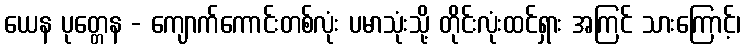
ယေန ပုတ္တေန - ကျောက်ကောင်းတစ်လုံး ပမာသုံးသို့ တိုင်းလုံးထင်ရှား အကြင် သားကြောင့်၊